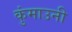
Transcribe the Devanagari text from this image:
कुंमाउनी